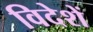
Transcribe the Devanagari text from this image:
विदेशें